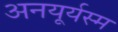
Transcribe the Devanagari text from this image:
अनयूर्यस्म